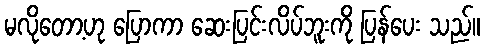
မလိုတော့ဟု ပြောကာ ဆေးပြင်းလိပ်ဘူးကို ပြန်ပေး သည်။